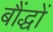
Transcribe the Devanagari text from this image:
बौंद्धों